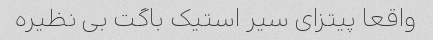
واقعا پیتزای سیر استیک باگت بی نظیره